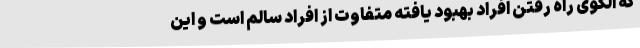
که الگوی راه رفتن افراد بهبود یافته متفاوت از افراد سالم است و این